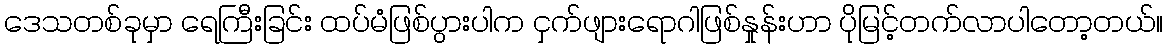
ဒေသတစ်ခုမှာ ရေကြီးခြင်း ထပ်မံဖြစ်ပွားပါက ငှက်ဖျားရောဂါဖြစ်နှုန်းဟာ ပိုမြင့်တက်လာပါတော့တယ်။